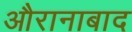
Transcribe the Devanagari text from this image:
औरानाबाद